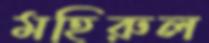
মহিরুল